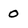
Character: o